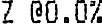
Z @0.0%